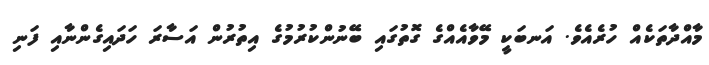
މާއްދާތަކެއް ހުރެއެވެ. އަނބަކީ މޭވާއެއްގެ ގޮތުގައި ބޭނުންކުރުމުގެ އިތުރުން އަސާރަ ހަދައިގެންނާއި ފަނި